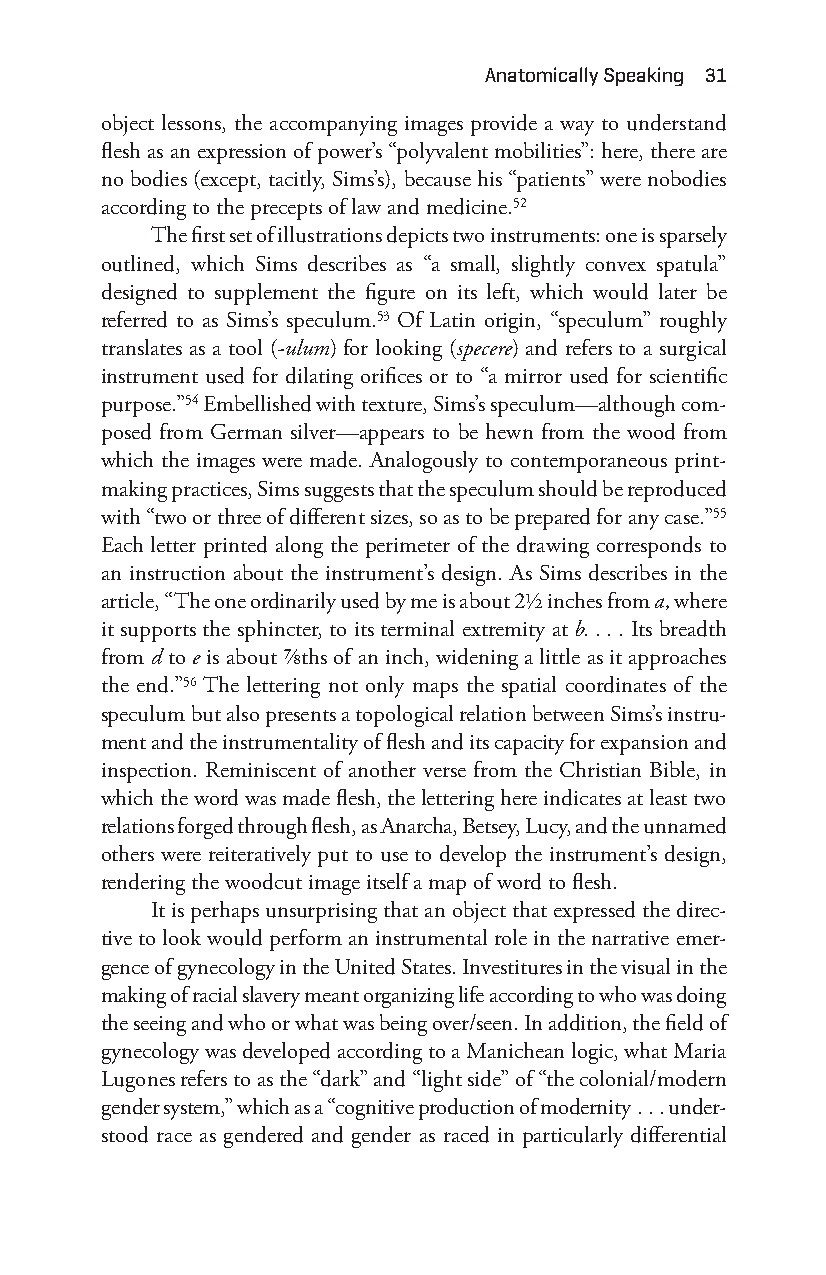
anatomically Speaking 31
 object lessons, the accompanying images provide a way to understand
 flesh as an expression of power’s “polyvalent mobilities”: here, there are
 no bodies (except, tacitly, Sims’s), because his “patients” were nobodies
 according to the precepts of law and medicine.52
 The first set of illustrations depicts two instruments: one is sparsely
 outlined, which Sims describes as “a small, slightly convex spatula”
 designed to supplement the figure on its left, which would later be
 referred to as Sims’s speculum.53 Of Latin origin, “speculum” roughly
 translates as a tool (- ulum) for looking (specere) and refers to a surgical
 instrument used for dilating orifices or to “a mirror used for scientific
 purpose.”54 Embellished with texture, Sims’s speculum—a lthough com-
 posed from German silver—a ppears to be hewn from the wood from
 which the images were made. Analogously to contemporaneous print-
 making practices, Sims suggests that the speculum should be reproduced
 with “two or three of different sizes, so as to be prepared for any case.”55
 Each letter printed along the perimeter of the drawing corresponds to
 an instruction about the instrument’s design. As Sims describes in the
 article, “The one ordinarily used by me is about 2½ inches from a, where
 it supports the sphincter, to its terminal extremity at b. . . . Its breadth
 from d to e is about ⅞ths of an inch, widening a little as it approaches
 the end.”56 The lettering not only maps the spatial coordinates of the
 speculum but also presents a topological relation between Sims’s instru-
 ment and the instrumentality of flesh and its capacity for expansion and
 inspection. Reminiscent of another verse from the Christian Bible, in
 which the word was made flesh, the lettering here indicates at least two
 relations forged through flesh, as Anarcha, Betsey, Lucy, and the unnamed
 others were reiteratively put to use to develop the instrument’s design,
 rendering the woodcut image itself a map of word to flesh.
 It is perhaps unsurprising that an object that expressed the direc-
 tive to look would perform an instrumental role in the narrative emer-
 gence of gynecology in the United States. Investitures in the visual in the
 making of racial slavery meant organizing life according to who was doing
 the seeing and who or what was being over/seen. In addition, the field of
 gynecology was developed according to a Manichean logic, what Maria
 Lugones refers to as the “dark” and “light side” of “the colonial/modern
 gender system,” which as a “cognitive production of modernity . . . under-
 stood race as gendered and gender as raced in particularly differential
 Snorton.indd 31                             29/09/2017 8:40:58 AM